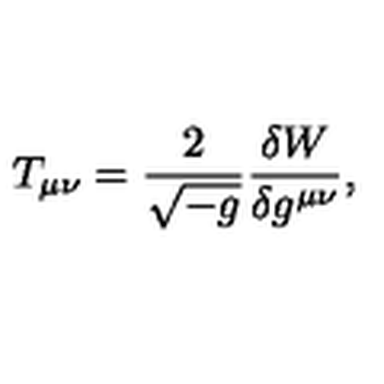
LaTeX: T _ { \mu \nu } = \frac { 2 } { \sqrt { - g } } \frac { \delta W } { \delta g ^ { \mu \nu } } ,